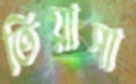
তিয়াসা